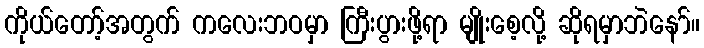
ကိုယ်တော့်အတွက် ကလေးဘဝမှာ ကြီးပွားဖို့ရာ မျိုးစေ့လို့ ဆိုရမှာဘဲနော်။